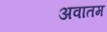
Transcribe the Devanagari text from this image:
अवातम